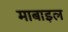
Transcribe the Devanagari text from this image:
माबाइल